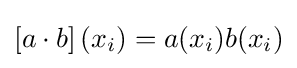
\left[a\cdot b\right](x_{i})=a(x_{i})b(x_{i})